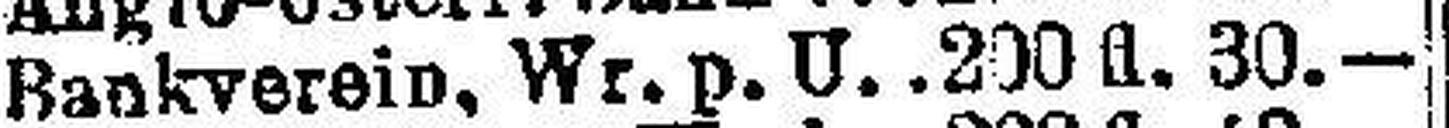
Bankverein, Wr. p. U. 200 fl. 30.—